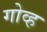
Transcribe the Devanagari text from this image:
गोव्ह